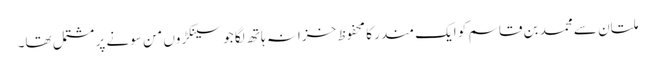
ملتان سے محمد بن قاسم کو ایک مندر کا محفوظ خزانہ ہاتھ لگا جو سینکڑوں من سونے پر مشتمل تھا۔